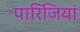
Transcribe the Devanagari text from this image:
पारिजियां